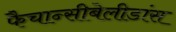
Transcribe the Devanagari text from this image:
फैचान्सीबेलीडांस